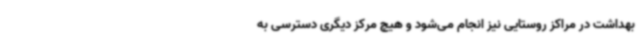
بهداشت در مراکز روستایی نیز انجام می‌شود و هیچ مرکز دیگری دسترسی به